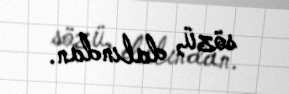
sözü, dalından.